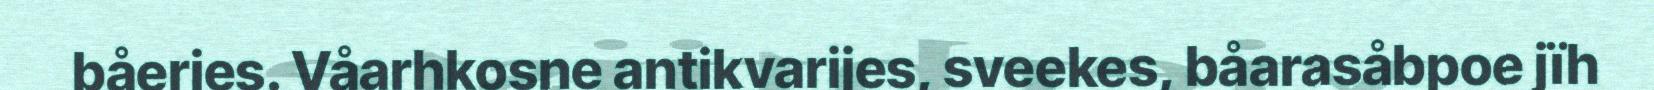
båeries. Våarhkosne antikvarijes, sveekes, båarasåbpoe jïh